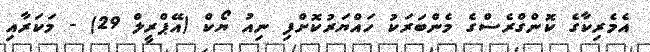
އެމެރިކާގެ ކޮންގްރެސްގެ މެންބަރަކު ހައްޔަރުކޮށްފި ނިއު ޔޯކް (އޭޕްރީލް 29) - މަކަރާއި